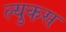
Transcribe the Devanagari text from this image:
ल्युकस